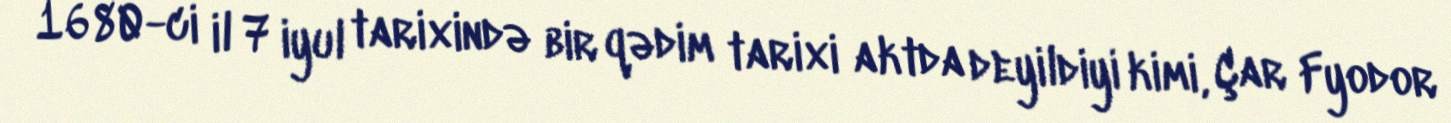
1680-ci il 7 iyul tarixində bir qədim tarixi aktda deyildiyi kimi, Çar Fyodor